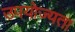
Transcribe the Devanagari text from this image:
उपयोज्यता